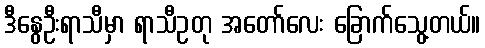
ဒီနွေဦးရာသီမှာ ရာသီဥတု အတော်လေး ခြောက်သွေ့တယ်။